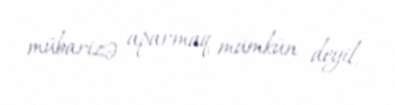
mübarizə aparmaq mümkün deyil.